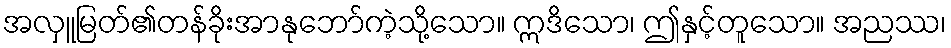
အလှူမြတ်၏တန်ခိုးအာနုဘော်ကဲ့သို့သော။ ဣဒိသော၊ ဤနှင့်တူသော။ အညဿ၊